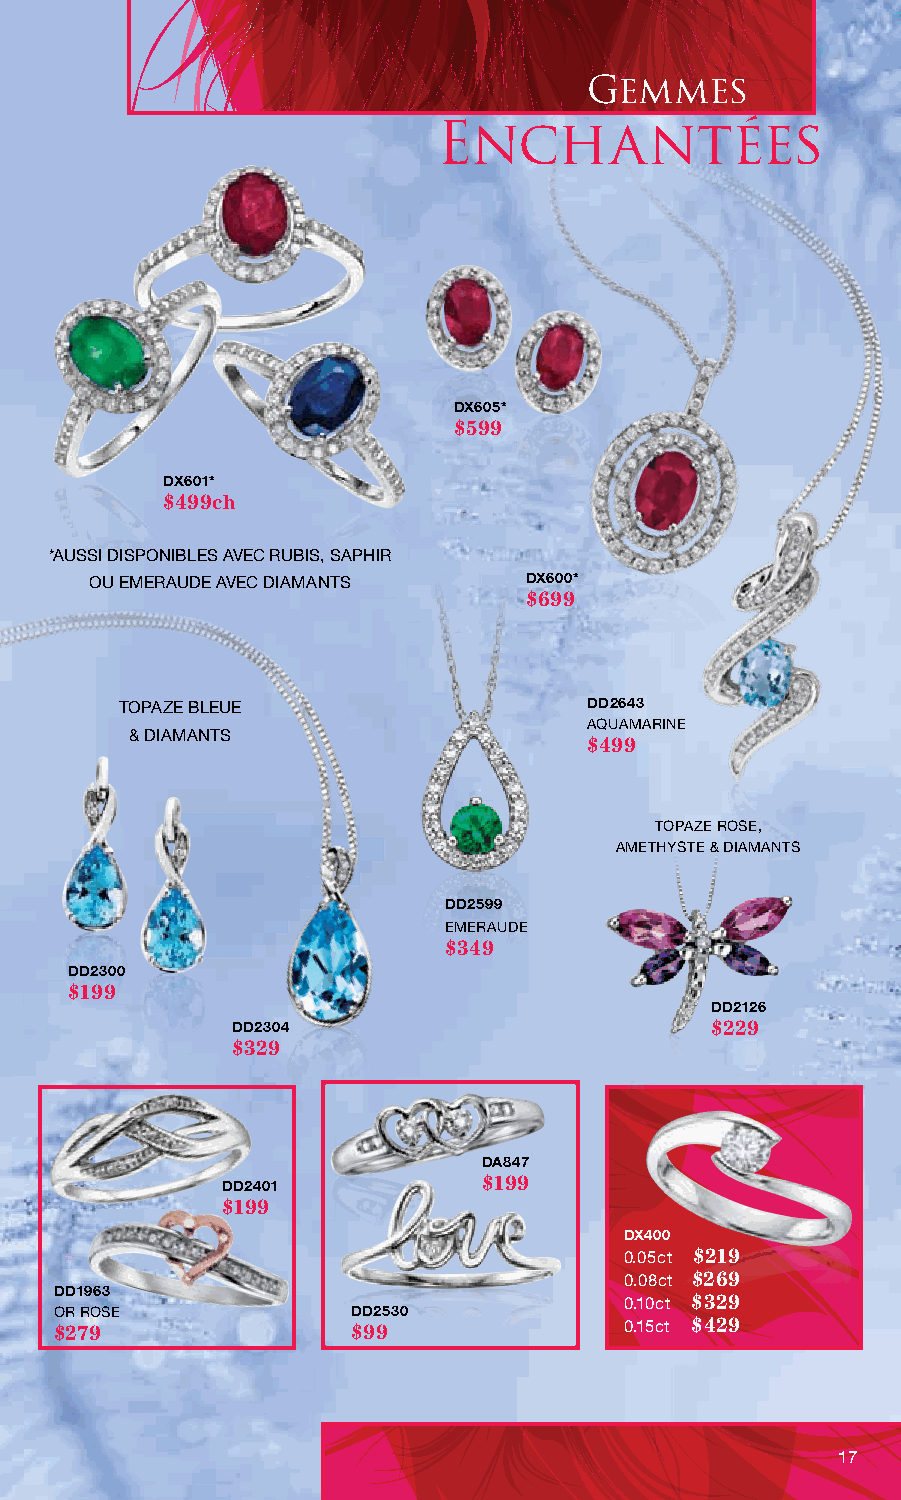
Gemmes
 EnchantÉes
 DX605*
 $599
 DX601*
 $499ch
 *AUSSI DISPONIBLES AVEC RUBIS, SAPHIR
 OU EMERAUDE AVEC DIAMANTS    DX600*
 $699
 TOPAZE BLEUE                   DD2643
 AQUAMARINE
 & DIAMANTS
 $499
 TOPAZE ROSE,
 AMETHYSTE & DIAMANTS
 DD2599
 EMERAUDE
 $349
 DD2300
 $199
 DD2126
 DD2304                          $229
 $329
 DA847
 DD2401           $199
 $199
 DX400
 0.05ct $219
 0.08ct $269
 DD1963
 0.10ct $329
 OR ROSE            DD2530
 $279               $99               0.15ct $429
 17